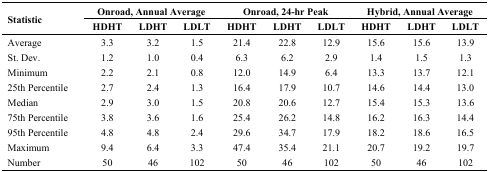
| <ROWSPAN=2> Statistic | <COLSPAN=3> Onroad, Annual Average | <COLSPAN=3> Onroad, 24-hr Peak | <COLSPAN=3> Hybrid, Annual Average |
 | HDHT | LDHT | LDLT | HDHT | LDHT | LDLT | HDHT | LDHT | LDLT |
 | --- | --- | --- | --- | --- | --- | --- | --- | --- | --- |
 | Average | 3.3 | 3.2 | 1.5 | 21.4 | 22.8 | 12.9 | 15.6 | 15.6 | 13.9 |
 | St. Dev. | 1.2 | 1.0 | 0.4 | 6.3 | 6.2 | 2.9 | 1.4 | 1.5 | 1.3 |
 | Minimum | 2.2 | 2.1 | 0.8 | 12.0 | 14.9 | 6.4 | 13.3 | 13.7 | 12.1 |
 | 25th Percentile | 2.7 | 2.4 | 1.3 | 16.4 | 17.9 | 10.7 | 14.6 | 14.4 | 13.0 |
 | Median | 2.9 | 3.0 | 1.5 | 20.8 | 20.6 | 12.7 | 15.4 | 15.3 | 13.6 |
 | 75th Percentile | 3.8 | 3.6 | 1.6 | 25.4 | 26.2 | 14.8 | 16.2 | 16.3 | 14.4 |
 | 95th Percentile | 4.8 | 4.8 | 2.4 | 29.6 | 34.7 | 17.9 | 18.2 | 18.6 | 16.5 |
 | Maximum | 9.4 | 6.4 | 3.3 | 47.4 | 35.4 | 21.1 | 20.7 | 19.2 | 19.7 |
 | Number | 50 | 46 | 102 | 50 | 46 | 102 | 50 | 46 | 102 |